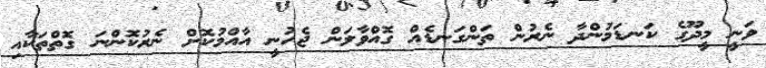
ވަނީ މީދޫގެ ކަނޑަމުންދާ ނެރުން ތަންގަނޑެއް ގޮއްވާލަން ޖެހުނީ އާއްމުކޮށް ނެރުކޮންނަ ގޮތްތަކާއި